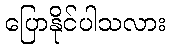
ပြောနိုင်ပါသလား